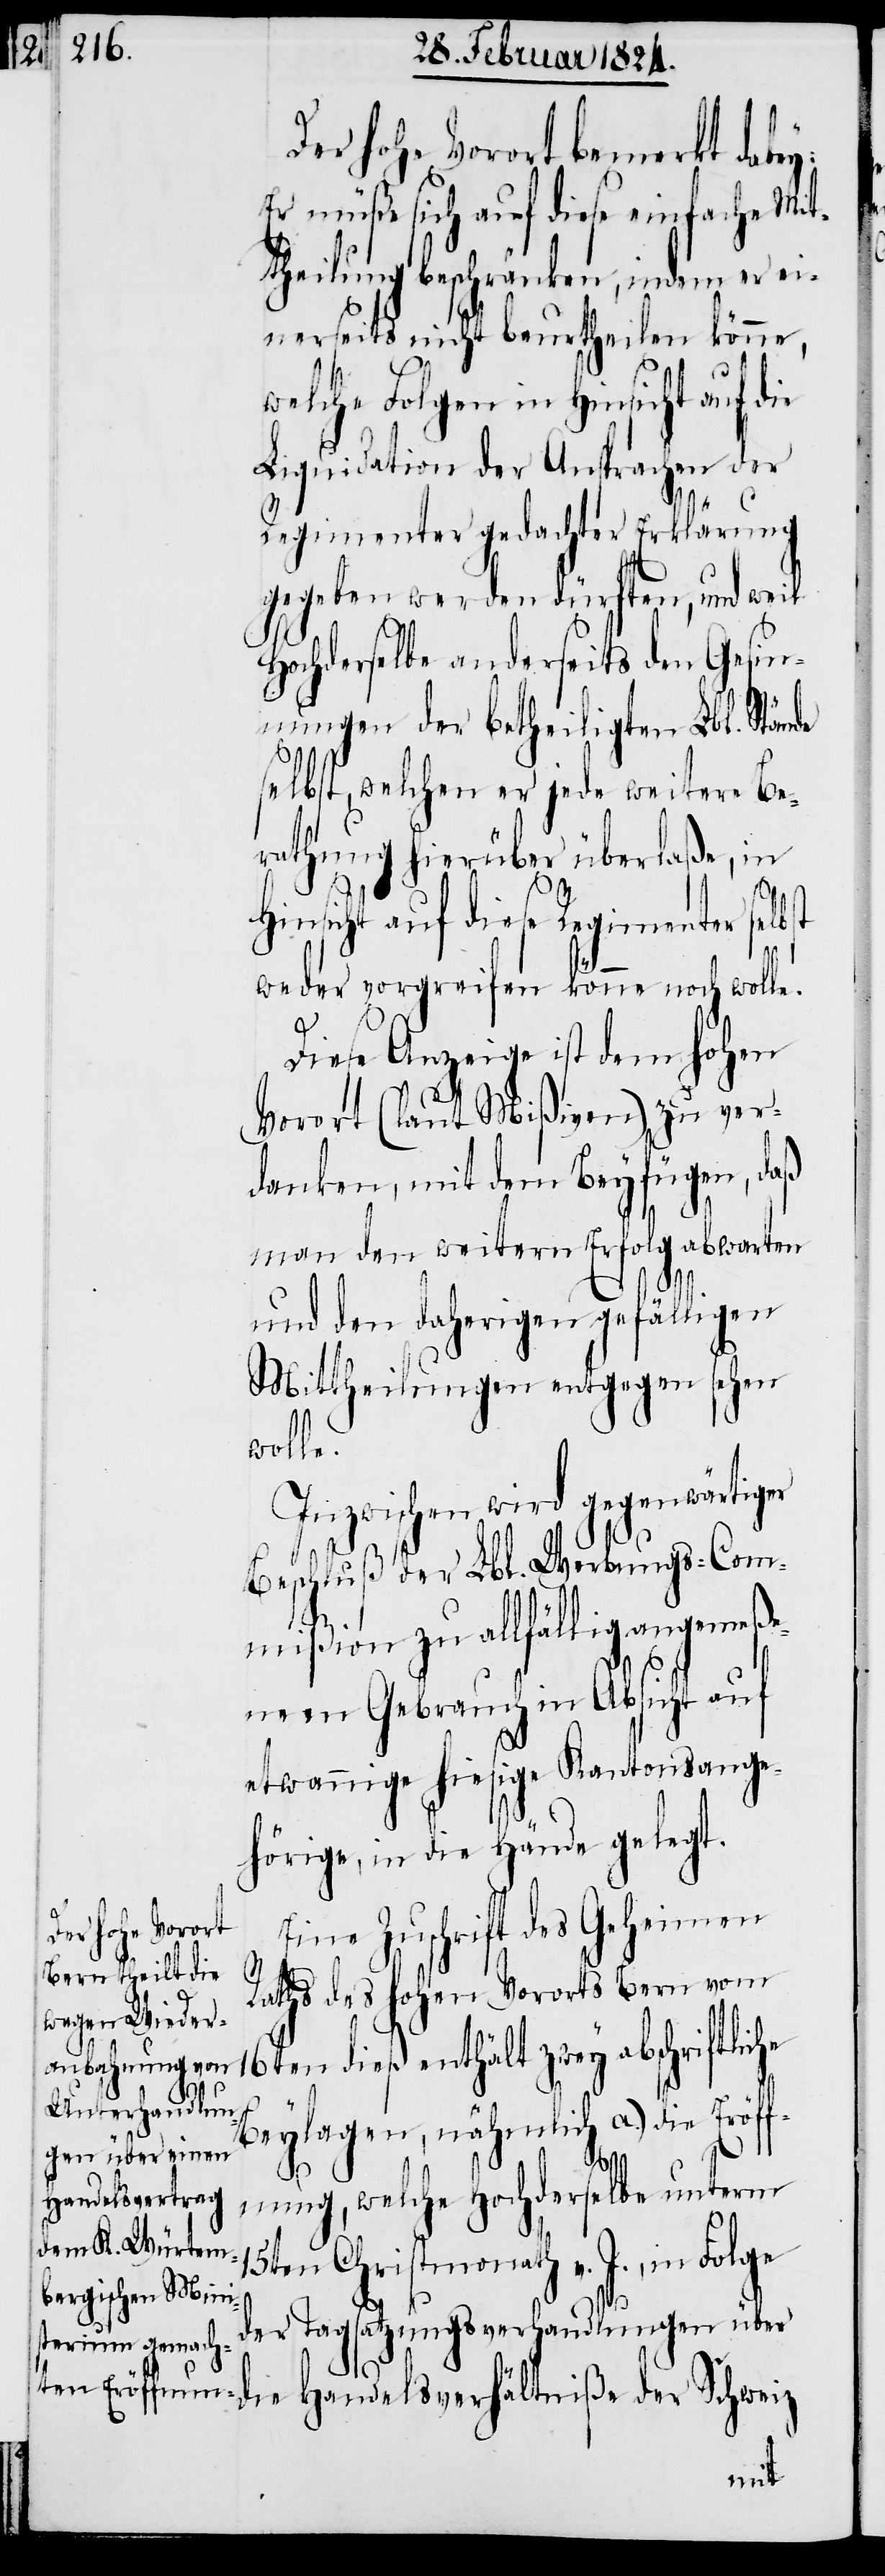
Der hohe Vorort bemerkt dabey:
Er müße sich auf diese einfache Mit¬
theilung beschränken, indem er ei¬
nerseits nicht beurtheilen könne,
welche Folgen in Hinsicht auf die
Liquidation der Ansprachen der
Regimenter gedachter Erklärung
geben werden dürften, und weil
Hochderselbe anderseits den Gesin¬
nungen der betheiligten Lbl. Stände
selbst, welchen er jede weitere Be¬
rathung hierüber überlaße, in
Hinsicht auf diese Regimenter selb¬
weder vorgreifen könne noch wolle.
Diese Anzeige ist dem hohen
Vorort (laut Mißiven) zu ver¬
danken, mit dem Beyfügen, daß
man den weitern Erfolg abwarten
und den daherigen gefälligen
Mittheilungen entgegen sehen
wolle.
Inzwischen wird gegenwärtiger
Beschluß der Lbl. Werbungs-Com¬
mißion zu allfällig angemeße¬
nen Gebrauch in Absicht auf
etwannige hiesige Kantonsange¬
hörige, in die Hände gelegt.
che
Eine Zuschrift des Geheimen
Raths des hohen Vororts Bern vom
16ten dieß enthält zwey abschriftli¬
Beylagen, nähmlich a.) die Eröf¬
Handelsverhäl¬
fnung, welche Hochderselbe unterm
15ten Christmonath v. J., in
der Tagsatzungsverhandlungen über
tniße